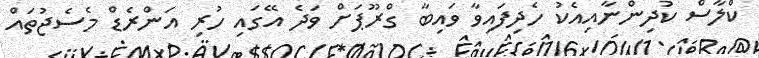
ކްލާސް ކުދިންނާއިއެކު ހެދިފައިވާ ވައިބާ ގްރޫޕަށް ވަދެ އޭގައި ހުރި އަންރެޑް މެސެޖުތައް